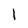
Character: 1